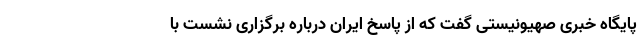
پایگاه خبری صهیونیستی گفت که از پاسخ ایران درباره برگزاری نشست با